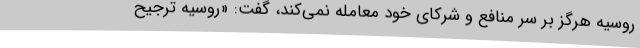
روسیه هرگز بر سر منافع و شرکای خود معامله نمی‌کند، گفت: «روسیه ترجیح